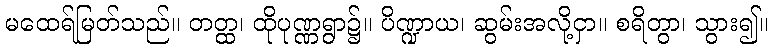
မထေရ်မြတ်သည်။ တတ္ထ၊ ထိုပုဏ္ဏရွာ၌။ ပိဏ္ဍာယ၊ ဆွမ်းအလို့ငှာ။ စရိတွာ၊ သွား၍။